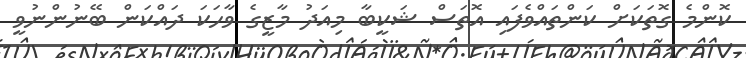
ކޮންމެ ގޮތަކަށް ކަންތައްވެފައި އޮތަސް ޝަކީބާ މިއަދު މާޒީގެ ވާހަކަ ދައްކަން ބޭނުންނުވީ